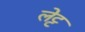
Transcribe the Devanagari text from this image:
लेट्ट